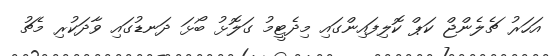
އަހަރު ޗެލެންޖް ކަޕް ކޮލިފައިންގައި މިދެޓީމު ގަލޮޅު ބޯޅަ ދަނޑުގައި ވާދަކުރި މެޗު